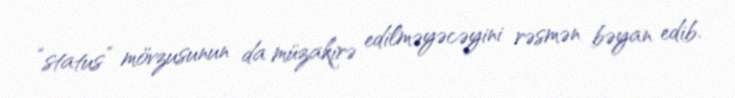
“status” mövzusunun da müzakirə edilməyəcəyini rəsmən bəyan edib.